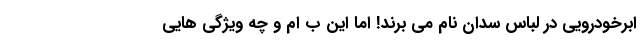
ابرخودرویی در لباس سدان نام می برند! اما این ب ام و چه ویژگی هایی